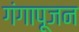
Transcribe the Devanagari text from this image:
गंगापूजन